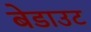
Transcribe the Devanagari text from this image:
बेडाउट